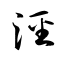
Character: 涇